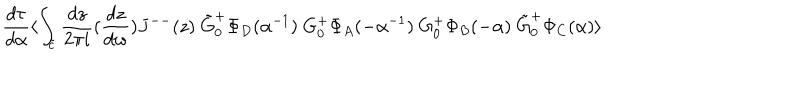
\frac { d \tau } { d \alpha } \langle \int _ { \tilde { c } } \frac { d z } { 2 \pi i } ( \frac { d z } { d w } ) J ^ { -- } ( z ) ~ \tilde { G } _ { 0 } ^ { + } \Phi _ { D } ( \alpha ^ { - 1 } ) ~ G _ { 0 } ^ { + } \Phi _ { A } ( - \alpha ^ { - 1 } ) ~ G _ { 0 } ^ { + } \Phi _ { B } ( - \alpha ) ~ \tilde { G } _ { 0 } ^ { + } \Phi _ { C } ( \alpha ) \rangle